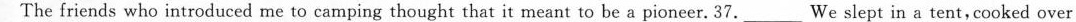
The friends who introduced me to camping thought that it meant to be a pioneer. 37.___ We slept in a tent,cooked over